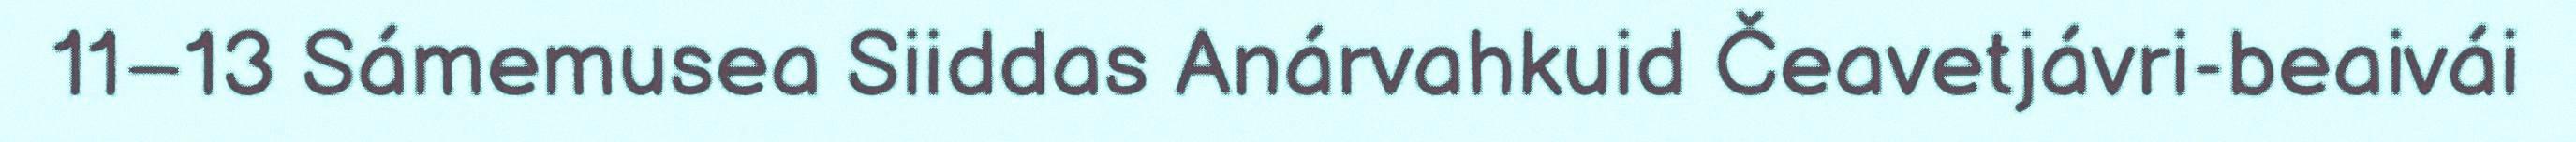
11–13 Sámemusea Siiddas Anárvahkuid Čeavetjávri-beaivái